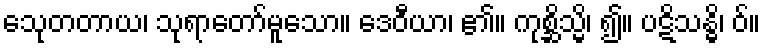
သေုတတာယ၊ သုရာတော်မူသော။ ဒေဝီယာ၊ ၏။ ကုစ္ဆိသ္မိ၊ ၍။ ပဋိသန္ဓိ၊ ဝ်။